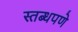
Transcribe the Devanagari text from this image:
स्तब्धपणे